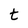
Character: t